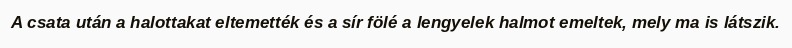
A csata után a halottakat eltemették és a sír fölé a lengyelek halmot emeltek, mely ma is látszik.